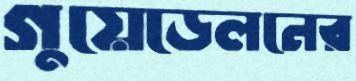
গুয়েডেলনের